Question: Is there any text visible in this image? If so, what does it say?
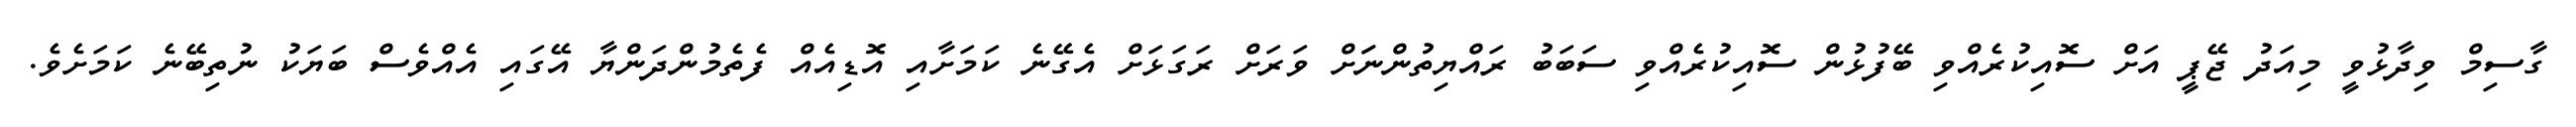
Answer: ގާސިމް ވިދާޅުވީ މިއަދު ޖޭޕީ އަށް ސޮއިކުރެއްވި ބޭފުޅުން ސޮއިކުރެއްވި ސަބަބު ރައްޔިތުންނަަށް ވަރަށް ރަގަޅަށް އެގޭނެ ކަމަށާއި އޮޑިއެއް ފެތެމުންދަންޔާ އޭގައި އެއްވެސް ބަޔަކު ނުތިބޭނެ ކަމަށެވެ.